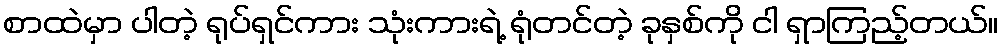
စာထဲမှာ ပါတဲ့ ရုပ်ရှင်ကား သုံးကားရဲ့ ရုံတင်တဲ့ ခုနှစ်ကို ငါ ရှာကြည့်တယ်။